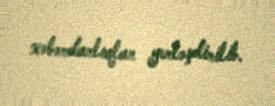
xəbərdarlıqlar yerləşdirilib.